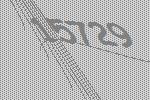
15729